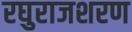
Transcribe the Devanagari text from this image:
रघुराजशरण